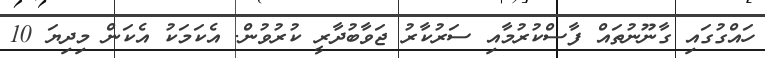
ހައްގުގައި ގާނޫނުތައް ފާސްކުރުމާއި ސަރުކާރު ޖަވާބުދާރީ ކުރުވުން. އެކަމަކު އެކަން މިދިޔަ 10